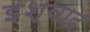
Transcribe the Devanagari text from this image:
इश्वाद